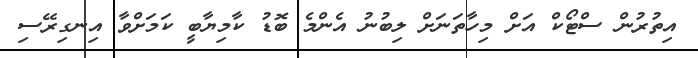
އިތުރުން ސްޓޯކް އަށް މިހާތަނަށް ލިބުނު އެންމެ ބޮޑު ކާމިޔާބީ ކަމަށްވާ އިނގިރޭސި